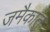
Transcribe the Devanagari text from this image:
जमैकात